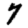
Digit: 7